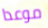
موعدا